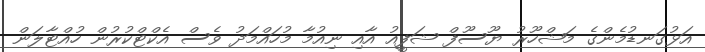
އަޅުގަނޑުމެންގެ މަޝްހޫރު ޔޫސޫފް ޝަފީއު އާއި ނިއުމާ މުހައްމަދު ވެސް އެކްޓްކުރުން ހުއްޓާލަން